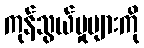
ကုန်သွယ်မှုများကို